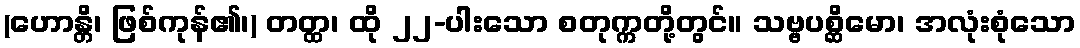
(ဟောန္တိ၊ ဖြစ်ကုန်၏၊) တတ္ထ၊ ထို ၂၂-ပါးသော စတုက္ကတို့တွင်။ သဗ္ဗပစ္ဆိမော၊ အလုံးစုံသော